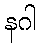
နဂါ